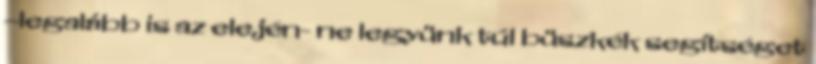
–legalább is az elején- ne legyünk túl büszkék segítséget